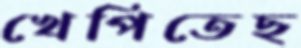
খেপিতেছ